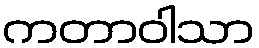
ကတာဝါသာ